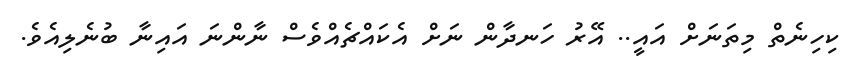
ކިހިނެތް މިތަނަށް އައީ.. އޭރު ހަނދާން ނަށް އެކައްޗެއްވެސް ނާންނަ އައިނާ ބުނެލިއެވެ.